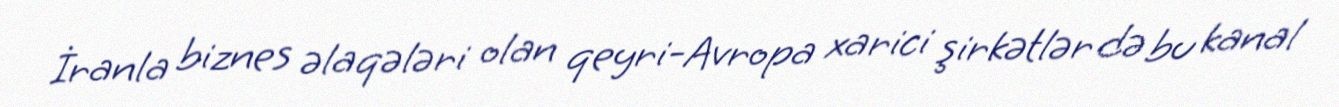
İranla biznes əlaqələri olan qeyri-Avropa xarici şirkətlər də bu kanal